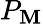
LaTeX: P_{\mathbf{M}}